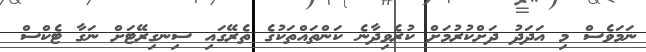
ނަމަވެސް މި އަދަދު ދަށްކުރުމަށް ކުރެވިދާނެ ކަންތައްތަކުގެ ތެރޭގައި ސިނގިރޭޓަށް ނަގާ ޓެކްސް